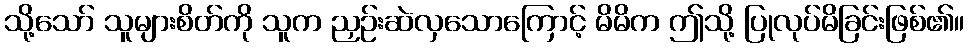
သို့သော် သူများစိတ်ကို သူက ညှဉ်းဆဲလှသောကြောင့် မိမိက ဤသို့ ပြုလုပ်မိခြင်းဖြစ်၏။